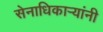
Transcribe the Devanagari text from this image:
सेनाधिकार्‍यांनी